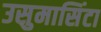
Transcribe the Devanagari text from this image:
उसुमासिंटा